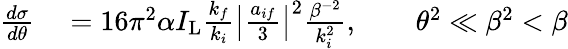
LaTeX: \begin{array}{rl}{\frac{d\sigma}{d\theta}}&{{}=16\pi^{2}\alpha I_{\mathrm{L}}\frac{k_{f}}{k_{i}}\left\vert\frac{a_{if}}{3}\right\vert^{2}\frac{\beta^{-2}}{k_{i}^{2}},\qquad\theta^{2}\ll\beta^{2}<\beta}\end{array}